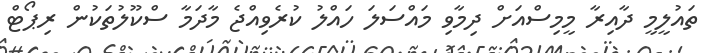
ތައުލީމީ ދާއިރާ މީމިސްއަށް ދިމާވި މައްސަލަ ހައްލު ކުރެވިއްޖެ މާދަމާ ސްކޫލުތަކުން ރިޕޯޓް